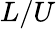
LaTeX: L/U